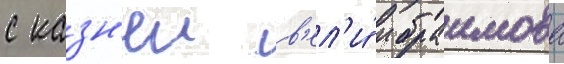
с казн'еи в'ел'и́ ибраимова